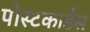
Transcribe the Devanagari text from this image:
पोस्टकार्डस